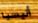
أليسيا